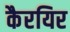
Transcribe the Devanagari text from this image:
कैरयिर